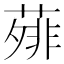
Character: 𬞃